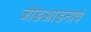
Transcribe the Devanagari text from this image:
जोडआडनावे